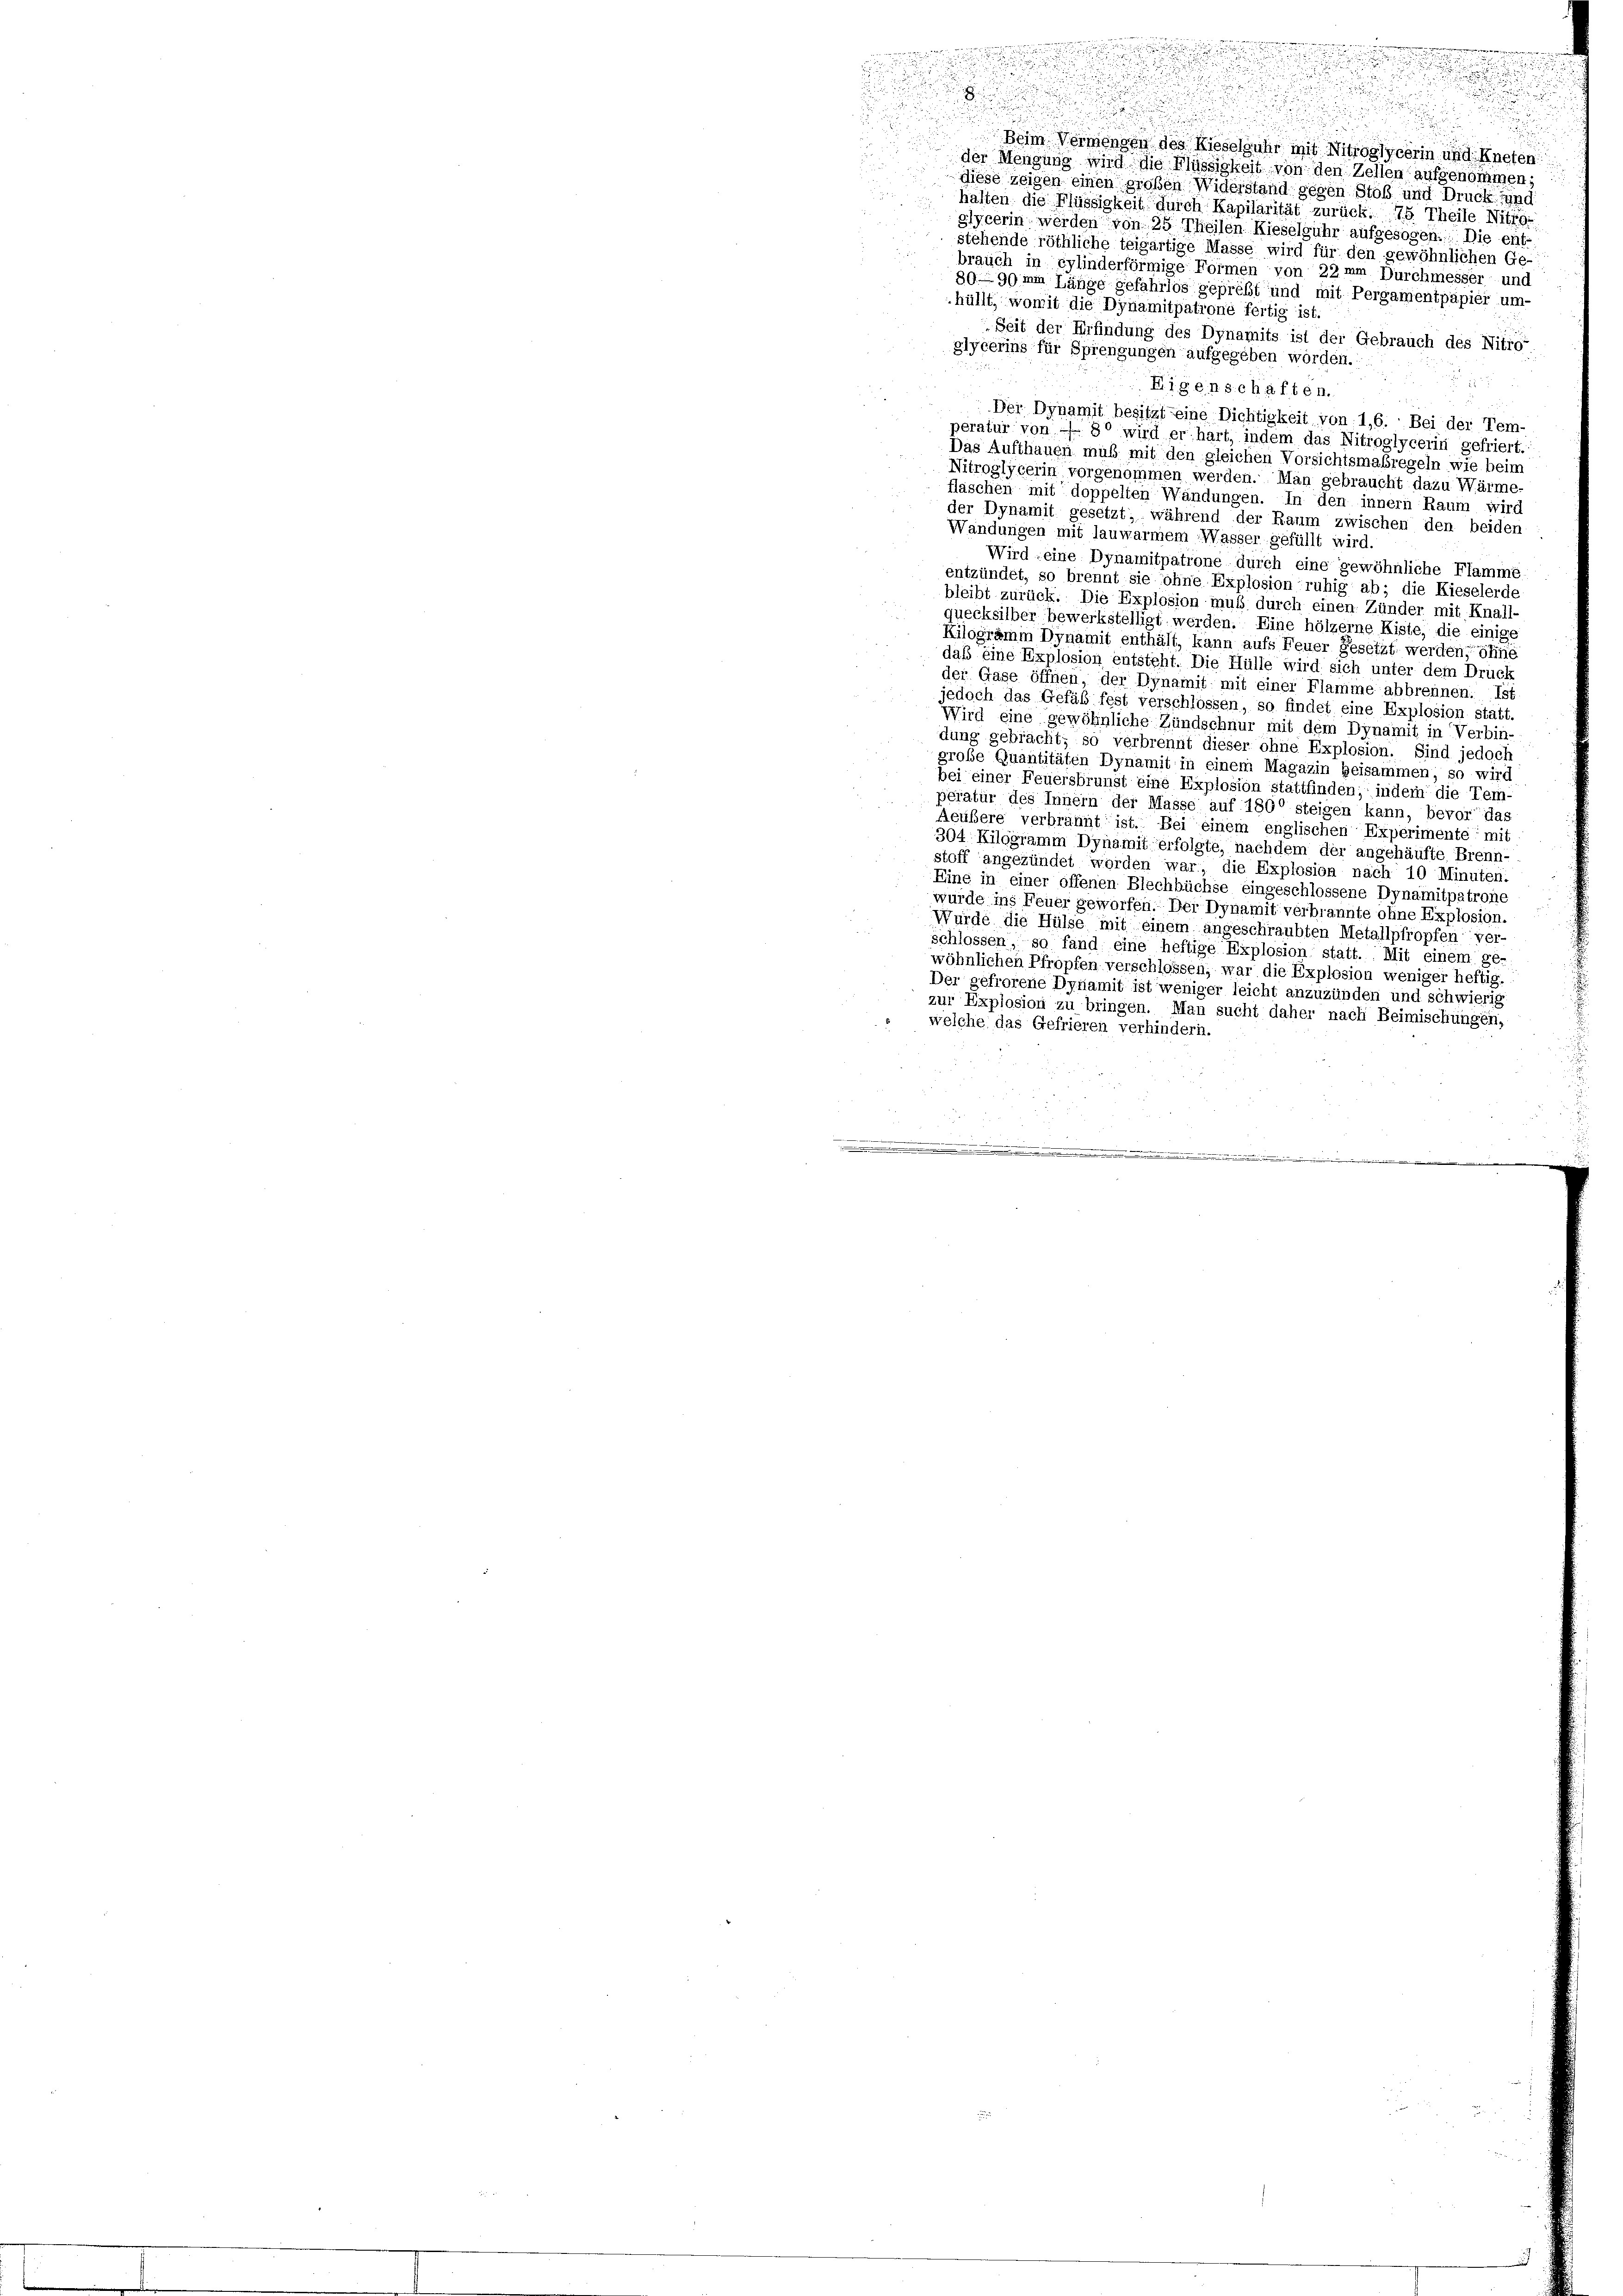
u

.
halten die Flüssigkeit durch Kapilarität zurück. 75. Theile Nitig-
glycerin werden von 25 Theilen Kieselguhr aufgesogen. Die ent-
stehende röthliche teigärtige Masse wird für den gewöhnlichen Ge-
brauch in eylinderförmige Formen von 22 mm Durchmesser und
89. 99 im Länge gefahrlos geprebt und mit Pergamentpapier um-
hüllt, womit die Dynamitpatione fertig ist.
Seit der Erfindung des Dynamits ist der Gebrauch des Nitro
glycerins für Sprengungen aufgegeben worden.
Eigenschaften.
Der Dynamit besitzt seine Dichtigkeit von 1,6. Bei der Tem-
peratur von 30 wird er hart, indem das Nitroglycerin gefriert.
Das Aufthauen muß mit den gleichen Vorsichtsmaßregeln wie beim
Nitroglycerin vorgenommen werden. Man gebraucht dazu Wärme-
flaschen mit doppelten Wändungen. In den innern Raum wird
der Dynamit gesetzt; während der Raum zwischen den beiden
Wandungen mit lauwarmem Wasser gefüllt wird.
Wird eine Dynamitpatrone durch eine gewöhnliche Flamme
entzündet, so brennt sie ohne Explosion ruhig ab; die Kieselerde
bleibt zurück. Die Explosion muß durch einen Zünder mit Knall-
quecksilber bewerkstelligt werden. Eine hölzerne Kiste, die einige
Kilogramm Dynamit enthält, kann aufs Feuer Gesetzt werden, ohne
daß eine Explosion entsteht. Die Hülle wird sich unter dem Druck
der Gase öffnen der Dynamit mit einer Flamme abbrennen. Ist
jedoch das Gefäß fest verschlossen, so findet eine Explosion statt.
Wird eine gewöhnliche Zündschnur mit dem Dynamit in Verbin-
dung gebracht; so verbrennt dieser ohne Explosion. Sind jedoch
große Quantitäten Dynamit in einem Magazin beisammen, so wird
bei einer Feuersbrunst eine Explosion stattfinden; indem die Tem-
peratur des Innern der Masse auf 1800 steigen kann, bevor das
Aeubere verbrannt ist. Bei einem englischen Experimente mit
304 Kilogramm Dynamit erfolgte, nachdem der angehäufte Brenn-
stoff angezündet worden war, die Explosion nach 10 Minuten
Eine in einer offenen Blechbüchse eingeschlossene Dynamitpatrone
wurde ins Feuer geworfen. Der Dynamit verbrannte ohne Explosion.
Wurde die Hülse mit einem angeschraubten Metallpfropfen ver-
schlossen, so fand eine heftige Explosion statt. Mit einem ge-
wöhnlichen Pfropfen verschlossen, war die Explosion weniger heftig.
Der gefrorene Dynamit ist weniger leicht anzuzünden und schwierig
zur Explosion zu bringen. Man sucht daher nach Beimischungen,
welche das Gefrieren verhindern.
.

3 50 f

un

.
u
d
Beim Vermengen des Kieselguhr mit Nitroglycerin und Kneten
r
der Mengung wird die Flüssigkeit von den Zellen aufgenommen;
diese zeigen einen großen Widerstand gegen Stoß und Druck fund